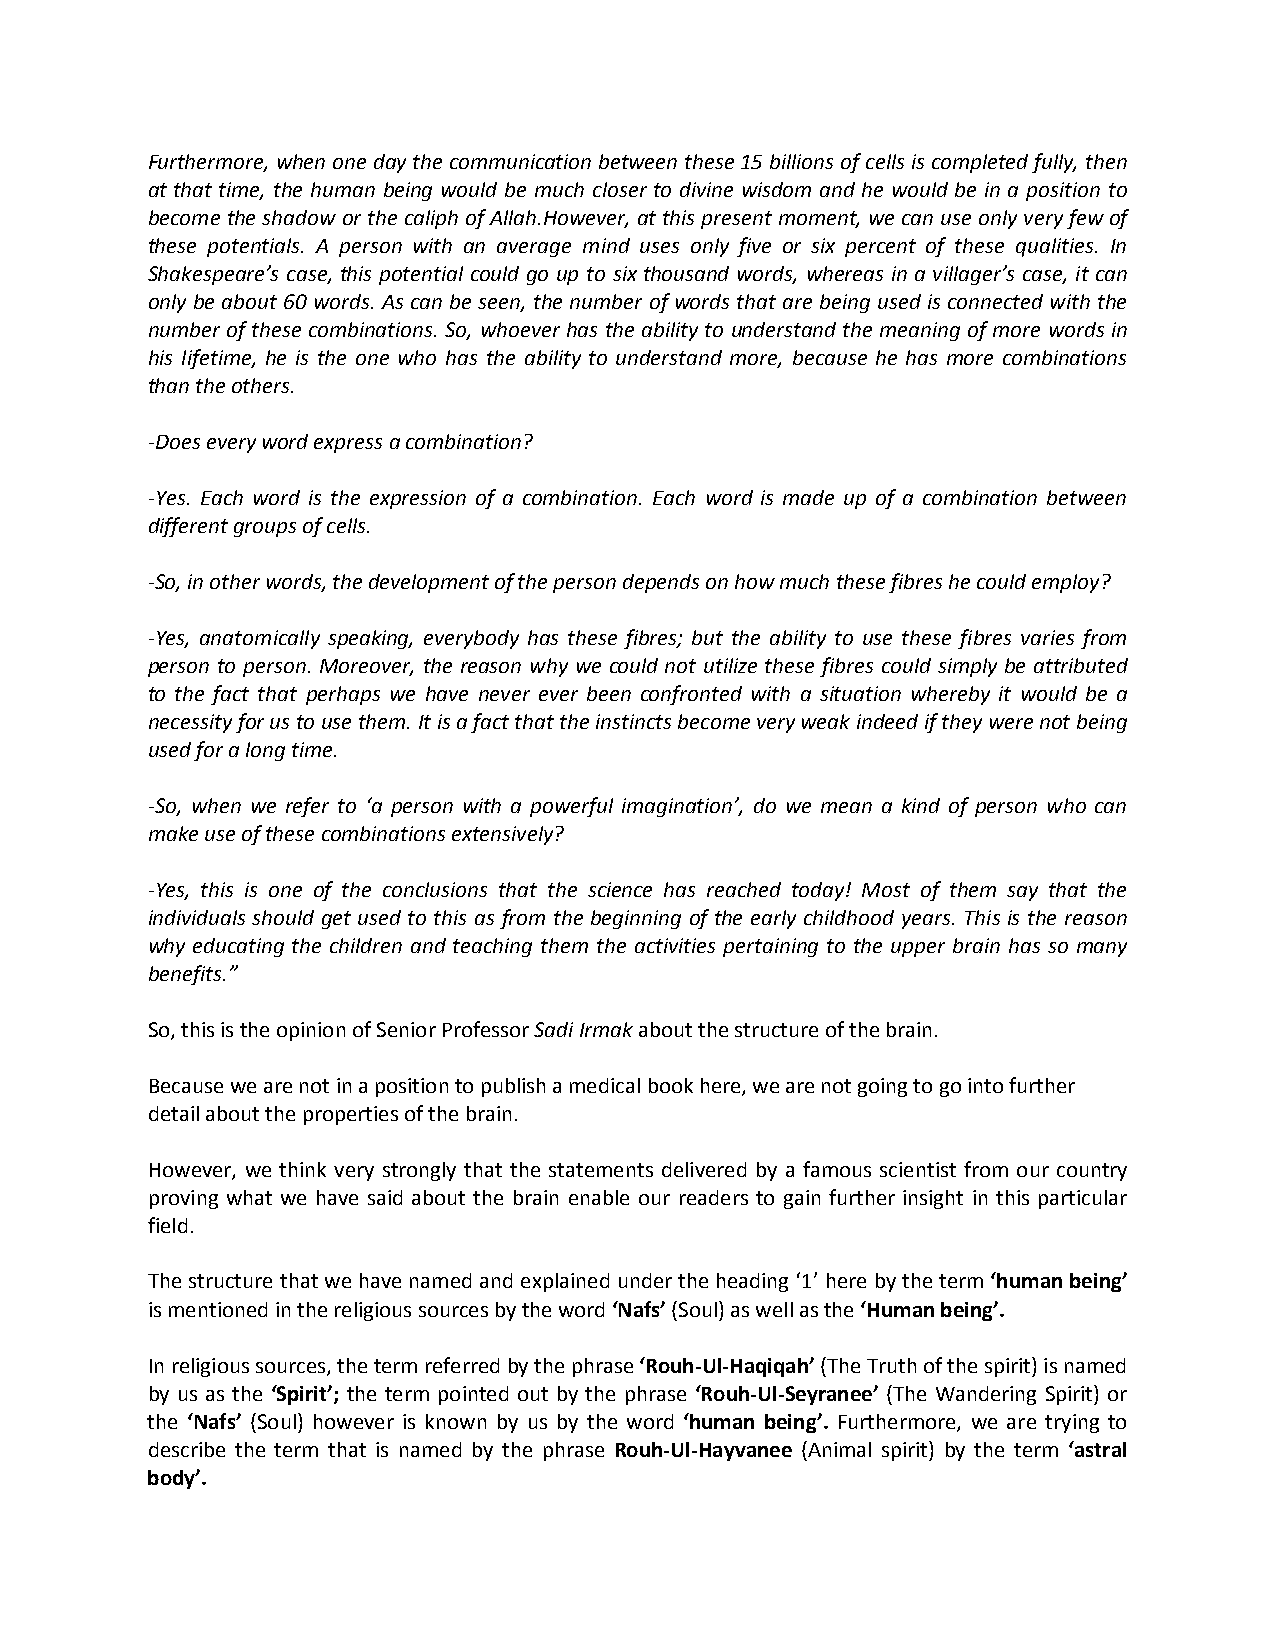
Furthermore, when one day the communication between these 15 billions of cells is completed fully, then
 at that time, the human being would be much closer to divine wisdom and he would be in a position to
 become the shadow or the caliph of Allah.However, at this present moment, we can use only very few of
 these potentials. A person with an average mind uses only five or six percent of these qualities. In
 Shakespeare’s case, this potential could go up to six thousand words, whereas in a villager’s case, it can
 only be about 60 words. As can be seen, the number of words that are being used is connected with the
 number of these combinations. So, whoever has the ability to understand the meaning of more words in
 his lifetime, he is the one who has the ability to understand more, because he has more combinations
 than the others.
 -Does every word express a combination?
 -Yes. Each word is the expression of a combination. Each word is made up of a combination between
 different groups of cells.
 -So, in other words, the development of the person depends on how much these fibres he could employ?
 -Yes, anatomically speaking, everybody has these fibres; but the ability to use these fibres varies from
 person to person. Moreover, the reason why we could not utilize these fibres could simply be attributed
 to the fact that perhaps we have never ever been confronted with a situation whereby it would be a
 necessity for us to use them. It is a fact that the instincts become very weak indeed if they were not being
 used for a long time.
 -So, when we refer to ‘a person with a powerful imagination’, do we mean a kind of person who can
 make use of these combinations extensively?
 -Yes, this is one of the conclusions that the science has reached today! Most of them say that the
 individuals should get used to this as from the beginning of the early childhood years. This is the reason
 why educating the children and teaching them the activities pertaining to the upper brain has so many
 benefits.”
 So, this is the opinion of Senior Professor Sadi Irmak about the structure of the brain.
 Because we are not in a position to publish a medical book here, we are not going to go into further
 detail about the properties of the brain.
 However, we think very strongly that the statements delivered by a famous scientist from our country
 proving what we have said about the brain enable our readers to gain further insight in this particular
 field.
 The structure that we have named and explained under the heading ‘1’ here by the term ‘human being’
 is mentioned in the religious sources by the word ‘Nafs’ (Soul) as well as the ‘Human being’.
 In religious sources, the term referred by the phrase ‘Rouh-Ul-Haqiqah’ (The Truth of the spirit) is named
 by us as the ‘Spirit’; the term pointed out by the phrase ‘Rouh-Ul-Seyranee’ (The Wandering Spirit) or
 the ‘Nafs’ (Soul) however is known by us by the word ‘human being’. Furthermore, we are trying to
 describe the term that is named by the phrase Rouh-Ul-Hayvanee (Animal spirit) by the term ‘astral
 body’.